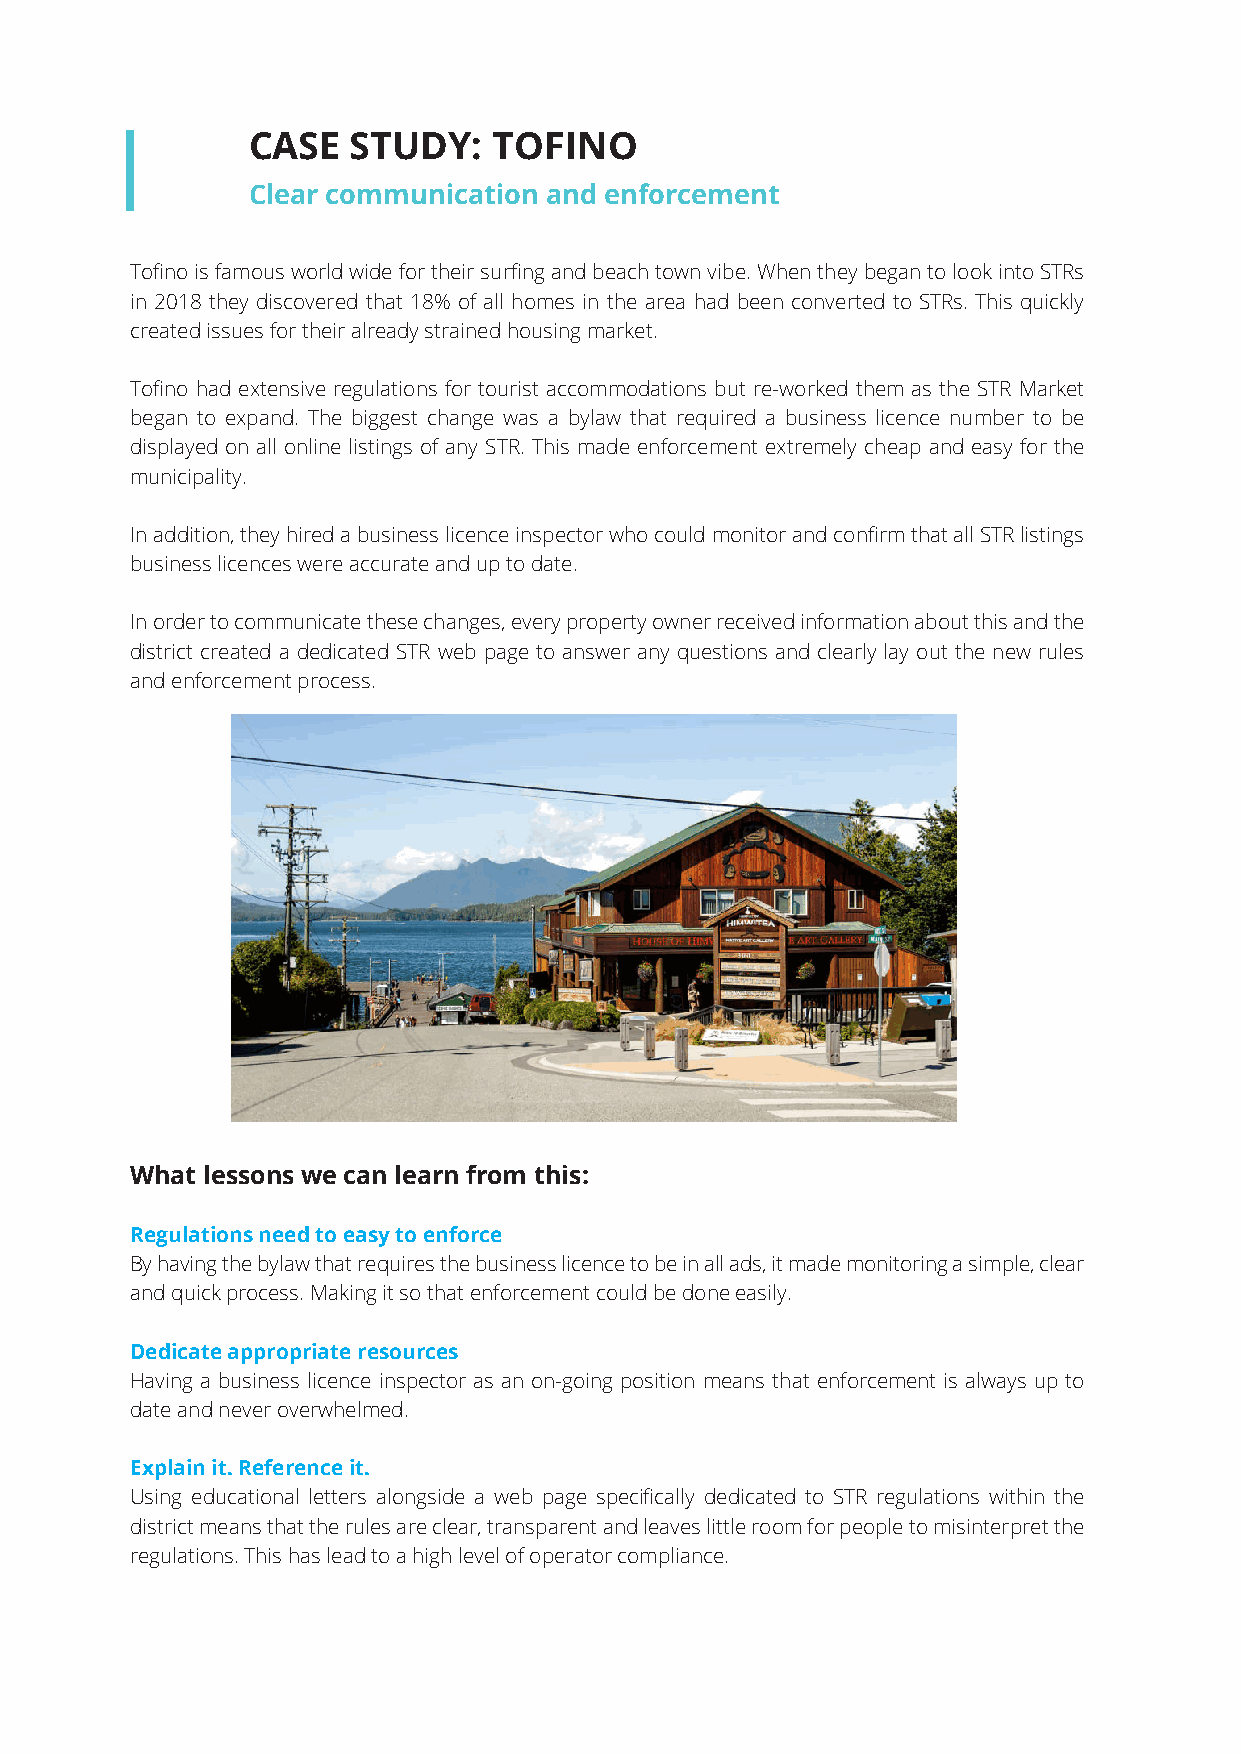
CASE   STUDY:    TOFINO
 Clear communication and enforcement
 Tofino is famous world wide for their surfing and beach town vibe. When they began to look into STRs
 in 2018 they discovered that 18% of all homes in the area had been converted to STRs. This quickly
 created issues for their already strained housing market.
 Tofino had extensive regulations for tourist accommodations but re-worked them as the STR Market
 began to expand. The biggest change was a bylaw that required a business licence number to be
 displayed on all online listings of any STR. This made enforcement extremely cheap and easy for the
 municipality.
 In addition, they hired a business licence inspector who could monitor and confirm that all STR listings
 business licences were accurate and up to date.
 In order to communicate these changes, every property owner received information about this and the
 district created a dedicated STR web page to answer any questions and clearly lay out the new rules
 and enforcement process.
 What lessons we can learn from this:
 Regulations need to easy to enforce
 By having the bylaw that requires the business licence to be in all ads, it made monitoring a simple, clear
 and quick process. Making it so that enforcement could be done easily.
 Dedicate appropriate resources
 Having a business licence inspector as an on-going position means that enforcement is always up to
 date and never overwhelmed.
 Explain it. Reference it.
 Using educational letters alongside a web page specifically dedicated to STR regulations within the
 district means that the rules are clear, transparent and leaves little room for people to misinterpret the
 regulations. This has lead to a high level of operator compliance.
 Web design & development for Company Name 11